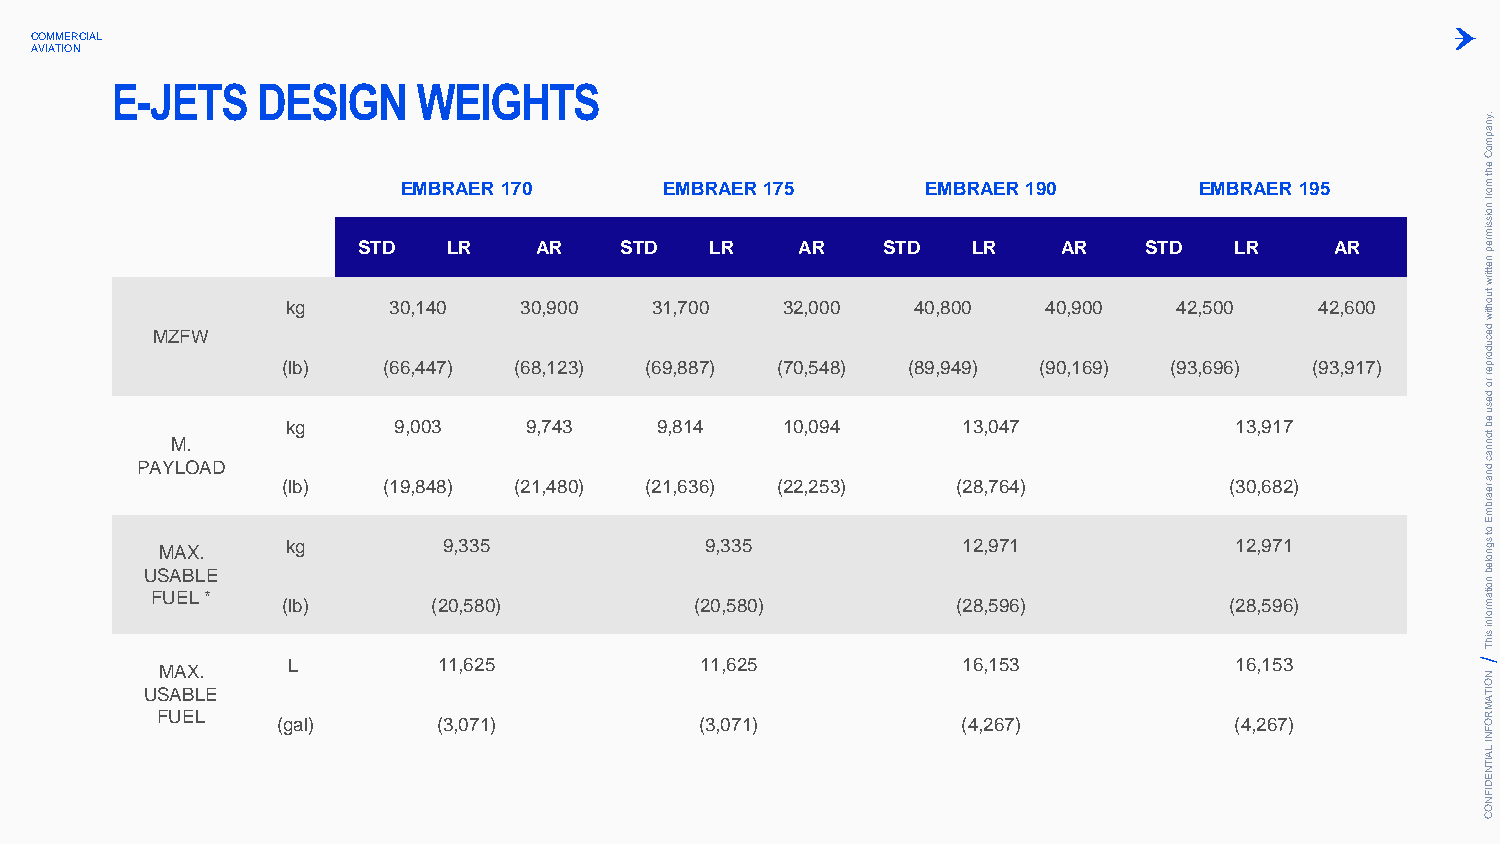
COMMERCIAL
 AVIATION
 E-JETS    DESIGN     WEIGHTS
 .ynapm
 oC
 EMBRAER 170      EMBRAER 175      EMBRAER 190       EMBRAER 195
 eht
 m orf
 noissim
 STD   LR   AR    STD   LR    AR   STD   LR    AR    STD   LR    AR        rep
 nettirw
 kg     30,140  30,900   31,700   32,000   40,800  40,900   42,500   42,600
 tuohtiw
 PAM YZ
 M
 LF O.W
 AD
 ( (kl lb bg)
 )
 ( (6 196 9,0, ,4 804 437 8)
 )
 ( (6 298 1,7, ,1 442 833 0)
 )
 ( (6 299 1,8, ,8 618 347 6)
 )
 ( (7 210 20, ,,5 204 598 34)
 )
 (89,94 (9 21)
 83 ,, 70 64 47
 )
 (90,169) (93,696 ()
 31 03 ,, 69 81 27
 )
 (93,917)
 decudorper
 ro
 desu
 eb
 tonnac
 dna
 rearbm
 E
 U
 FSM UAA EBX LL.
 *E
 (k lbg
 )
 (29 0,3 ,53 85
 0)
 (29 0,3 ,53 85
 0)
 (21 82 ,, 59 97 61
 )
 (21 82 ,, 59 97 61
 )
 ot
 sgnoleb
 noitam
 rofni
 sihT
 L         11,625           11,625            16,153            16,153
 MAX.
 N
 O
 USABLE                                                                                  ITA
 M
 FUEL    (gal)      (3,071)          (3,071)           (4,267)           (4,267)         R O
 F
 N
 I LA
 IT
 N
 E
 D
 IF
 N
 O
 C